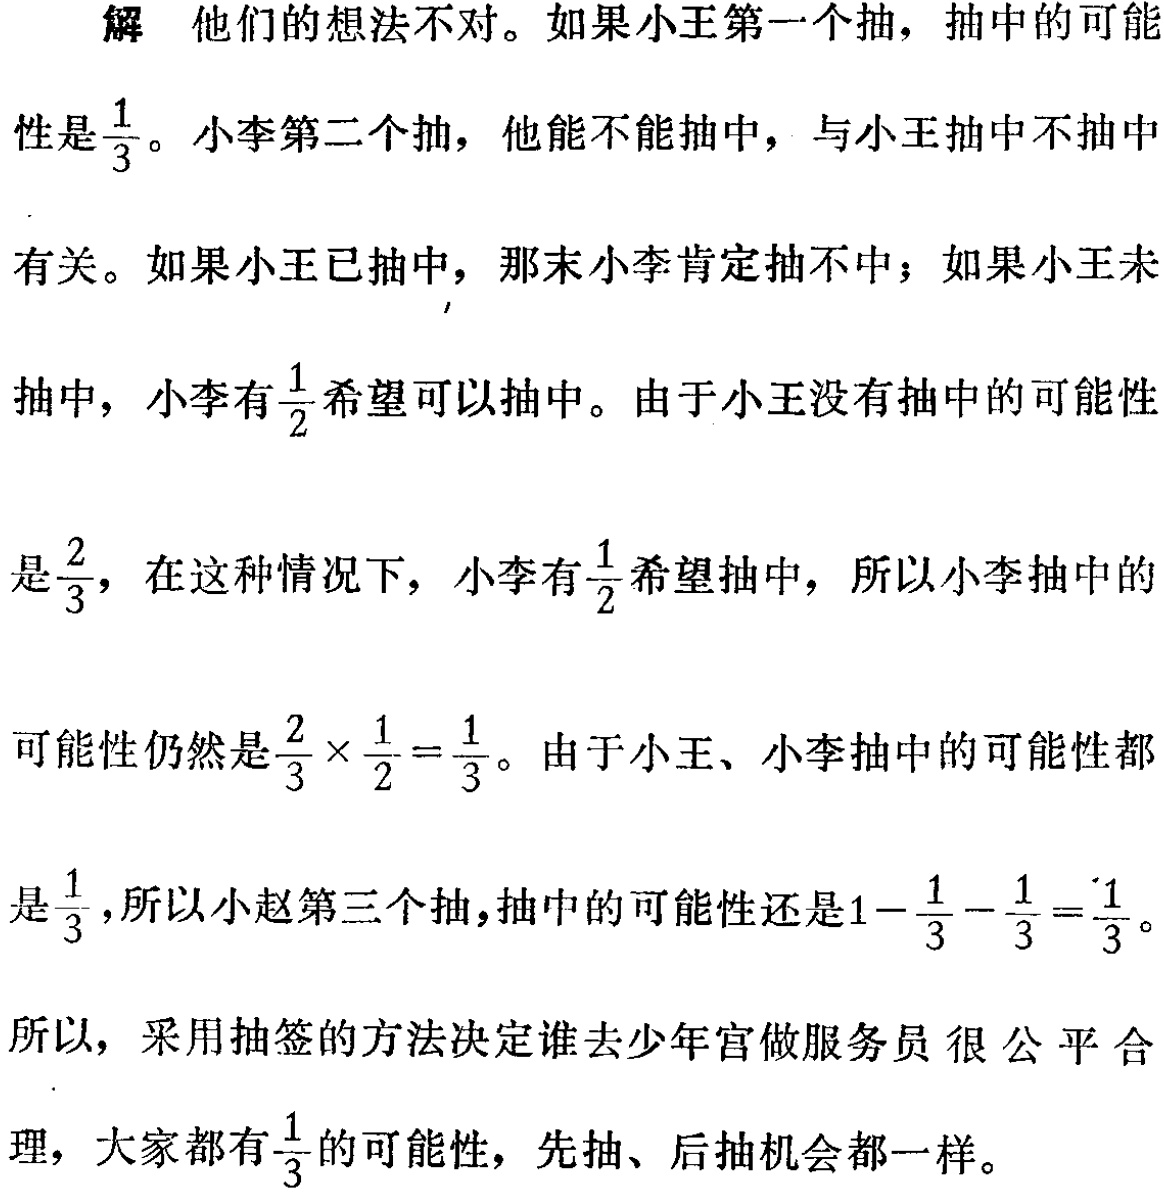
解 他们的想法不对。如果小王第一个抽，抽中的可能性是$\frac{1}{3}$。小李第二个抽，他能不能抽中，与小王抽中不抽中有关。如果小王已抽中，那末小李肯定抽不中；如果小王未抽中，小李有$\frac{1}{2}$希望可以抽中。由于小王没有抽中的可能性是$\frac{2}{3}$，在这种情况下，小李有$\frac{1}{2}$希望抽中，所以小李抽中的可能性仍然是$\frac{2}{3} \times \frac{1}{2}=\frac{1}{3}$。由于小王、小李抽中的可能性都是$\frac{1}{3}$，所以小赵第三个抽，抽中的可能性还是$1 - \frac{1}{3} - \frac{1}{3}=\frac{1}{3}$。所以，采用抽签的方法决定谁去少年宫做服务员很公平合理，大家都有$\frac{1}{3}$的可能性，先抽、后抽机会都一样。